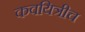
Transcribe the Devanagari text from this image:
कवयित्रीच